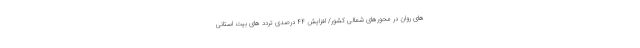
های روان در محورهای شمالی کشور/ افزایش ۴۴ درصدی تردد های بیت استانی